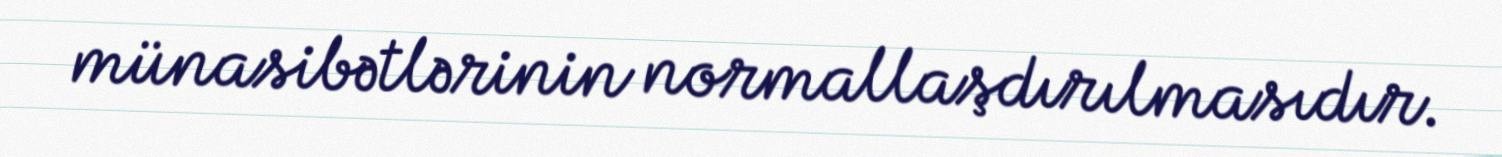
münasibətlərinin normallaşdırılmasıdır.